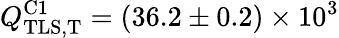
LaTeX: Q_{\mathrm{TLS,T}}^{\mathrm{C1}}=(36.2\pm 0.2)\times 10^{3}